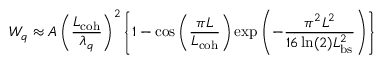
W _ { q } \approx A \left( \frac { L _ { \mathrm { c o h } } } { \lambda _ { q } } \right) ^ { 2 } \left\{ 1 - \cos \left( \frac { \pi L } { L _ { \mathrm { c o h } } } \right) \exp \left( - \frac { \pi ^ { 2 } L ^ { 2 } } { 1 6 \ln ( 2 ) L _ { \mathrm { b s } } ^ { 2 } } \right) \right\}